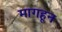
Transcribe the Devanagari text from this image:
मागहून